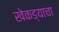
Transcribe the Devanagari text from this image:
खेकड्याचा